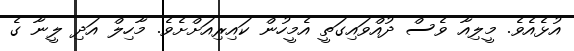
އުޅެއެވެ. މީލިއާ ވެސް ދުއްވައިގަތީ އެމީހުން ކައިރިއަށްށެވެ. މާހިލް އަދި ލީނާ ގެ